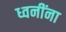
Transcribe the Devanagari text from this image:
ध्वनींना